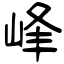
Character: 峰